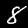
Label: 8